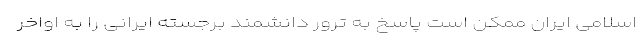
اسلامی ایران ممکن است پاسخ به ترور دانشمند برجسته ایرانی را به اواخر